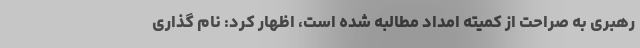
رهبری به صراحت از کمیته امداد مطالبه شده است، اظهار کرد: نام گذاری